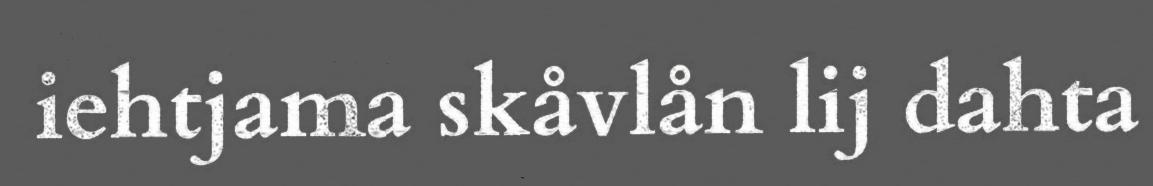
iehtjama skåvlån lij dahta